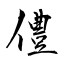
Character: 僼